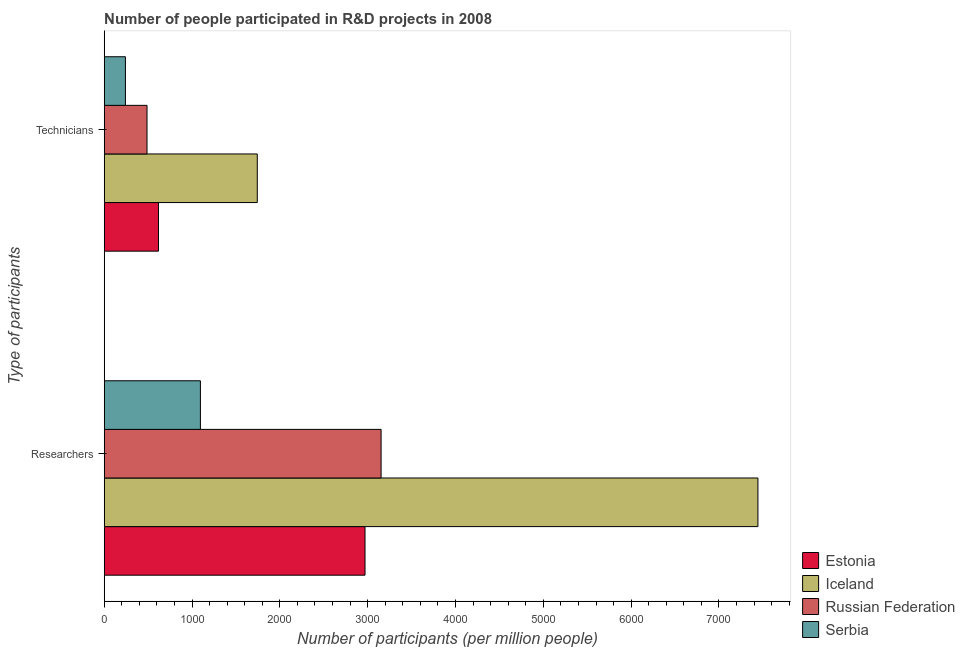
| Type of participants | Estonia | Iceland | Russian Federation | Serbia |
 | --- | --- | --- | --- | --- |
 | Researchers | 2.97e+03 | 7.44e+03 | 3.15e+03 | 1.1e+03 |
 | Technicians | 618 | 1.74e+03 | 487 | 242 |